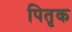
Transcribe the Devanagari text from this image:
पितृक